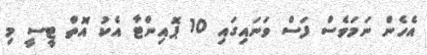
އެހެން ނަމަވެސް ފަސް ވަނައިގައި 10 ޕޮޮއިންޓާ އެކު އޮތް ޓީސީ މި